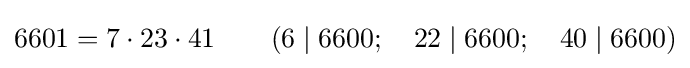
6601=7\cdot 23\cdot 41\qquad (6\mid 6600;\quad 22\mid 6600;\quad 40\mid 6600)